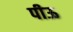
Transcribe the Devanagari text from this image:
पीऊ